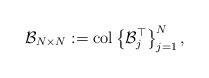
LaTeX: \begin{align*}\mathcal B_{ N\times N}:=\operatorname{col} \left\{\mathcal B_{j}^{\top} \right\}_{j=1}^{ N},\end{align*}